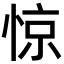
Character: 惊